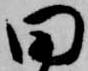
田